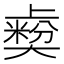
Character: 𡚋